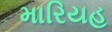
મારિયહ